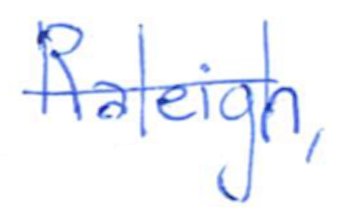
Text: Raleigh,
Cross-out: single-line
Writing tool: ballpoint